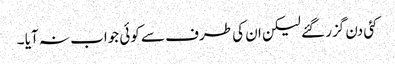
کئی دن گزر گئے لیکن ان کی طرف سے کوئی جواب نہ آیا ۔